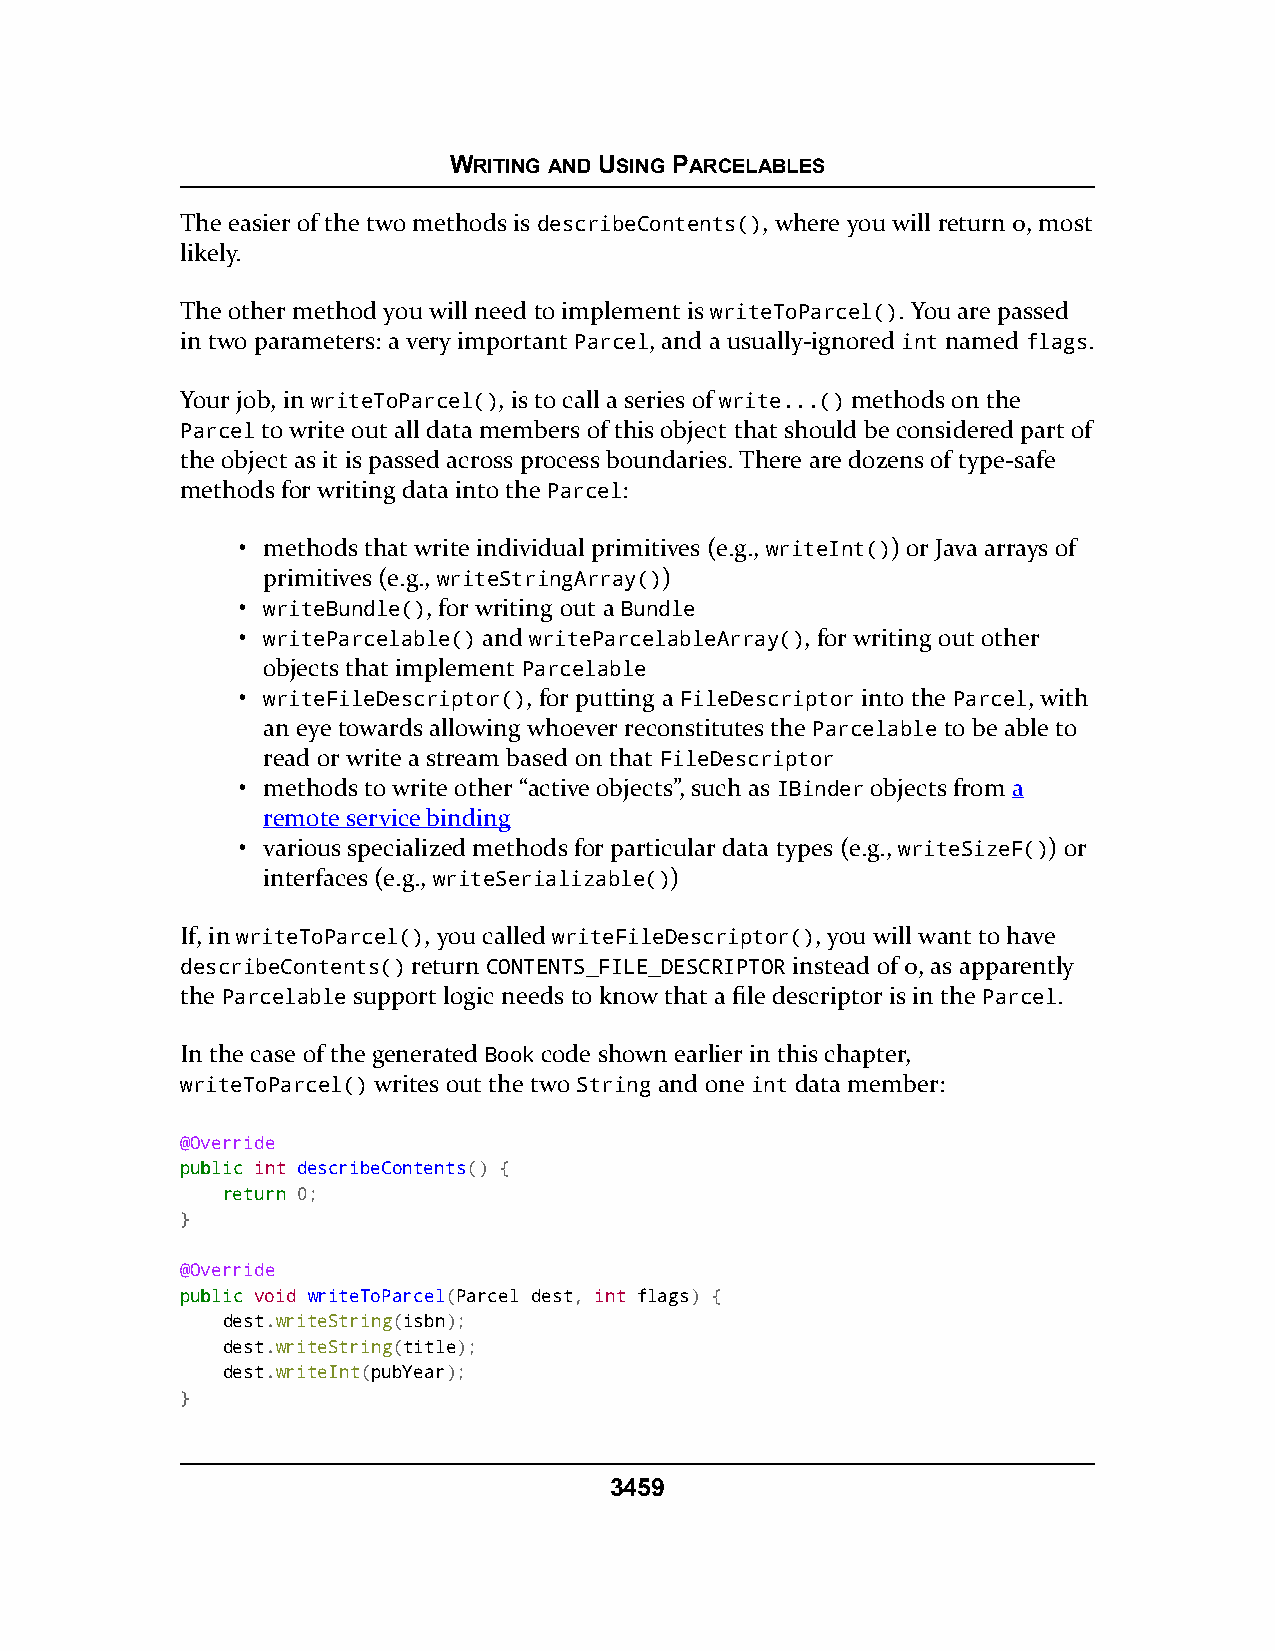
WRITING AND USING PARCELABLES
 The easier of the two methods is describeContents(), where you will return 0, most
 likely.
 The other method you will need to implement is writeToParcel(). You are passed
 in two parameters: a very important Parcel, and a usually-ignored int named flags.
 Your job, in writeToParcel(), is to call a series of write...() methods on the
 Parcel to write out all data members of this object that should be considered part of
 the object as it is passed across process boundaries. There are dozens of type-safe
 methods for writing data into the Parcel:
 • methods that write individual primitives (e.g., writeInt()) or Java arrays of
 primitives (e.g., writeStringArray())
 • writeBundle(), for writing out a Bundle
 • writeParcelable() and writeParcelableArray(), for writing out other
 objects that implement Parcelable
 • writeFileDescriptor(), for putting a FileDescriptor into the Parcel, with
 an eye towards allowing whoever reconstitutes the Parcelable to be able to
 read or write a stream based on that FileDescriptor
 • methods to write other “active objects”, such as IBinder objects from a
 remote service binding
 • various specialized methods for particular data types (e.g., writeSizeF()) or
 interfaces (e.g., writeSerializable())
 If, in writeToParcel(), you called writeFileDescriptor(), you will want to have
 describeContents() return CONTENTS_FILE_DESCRIPTOR instead of 0, as apparently
 the Parcelable support logic needs to know that a file descriptor is in the Parcel.
 In the case of the generated Book code shown earlier in this chapter,
 writeToParcel() writes out the two String and one int data member:
 @Override
 ppuubblliicc int describeContents() {
 rreettuurrnn 0;
 }
 @Override
 ppuubblliicc void writeToParcel(Parcel dest, int flags) {
 dest.writeString(isbn);
 dest.writeString(title);
 dest.writeInt(pubYear);
 }
 3459